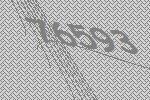
76593